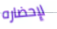
لإحضاره